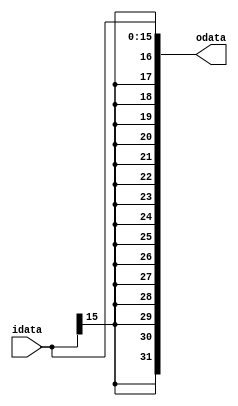
module sign_extend (
	input  [15:0] idata,
	output reg [31:0] odata
);

	always @(idata) begin : proc_sign_extend
		odata = {{16{idata[15]}}, idata};
	end

endmodule